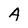
Character: A